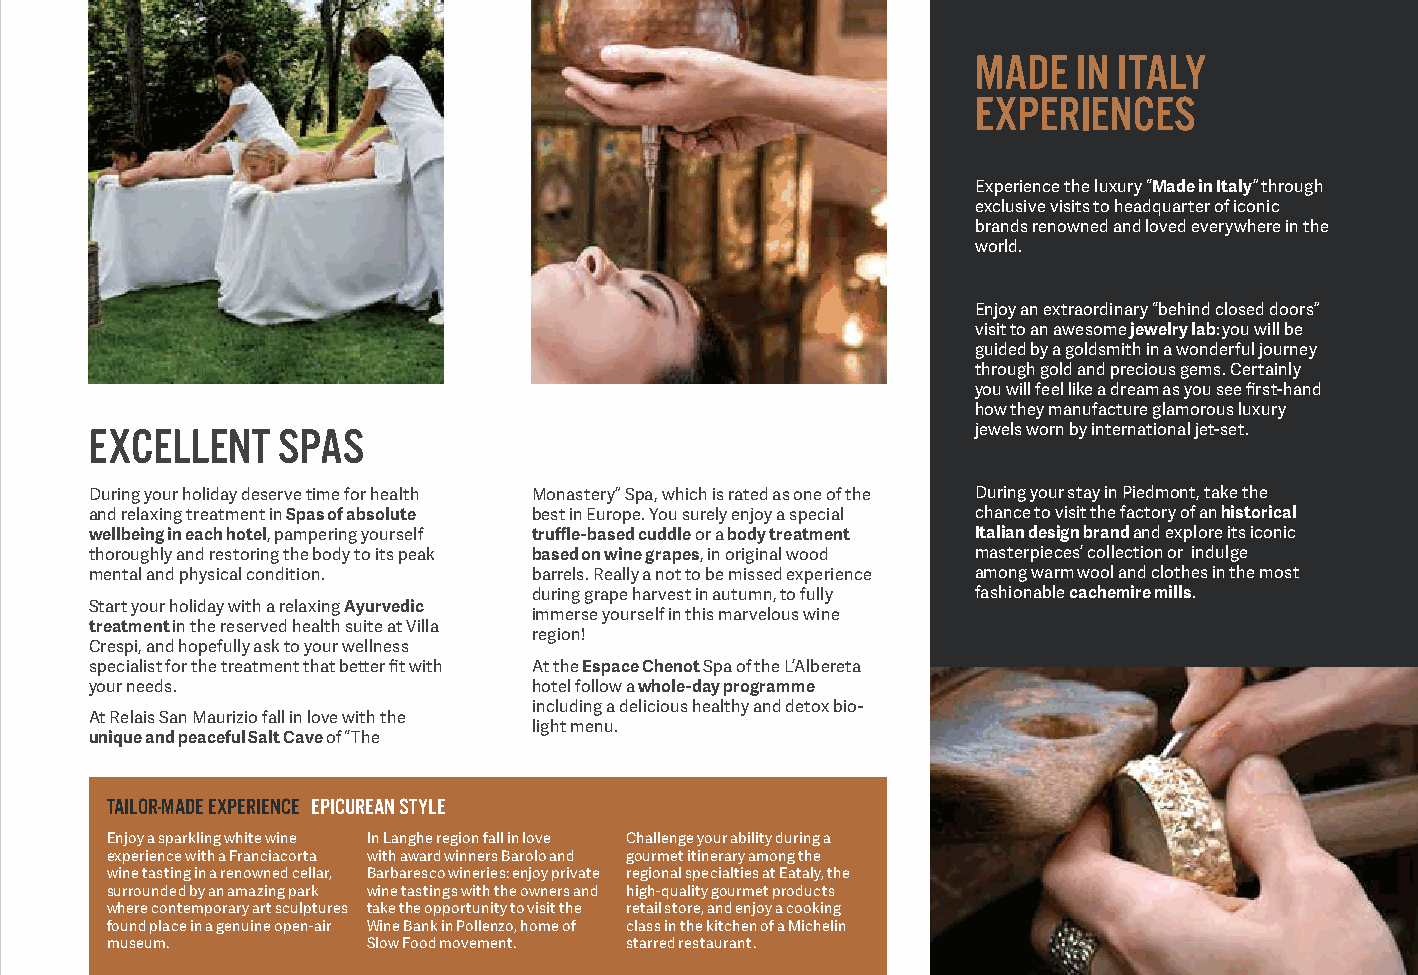
MADE  IN ITALY
 EXPERIENCES
 Experience the luxury “Made in Italy” through
 exclusive visits to headquarter of iconic
 brands renowned and loved everywhere in the
 world.
 Enjoy an extraordinary “behind closed doors”
 visit to an awesome jewelry lab: you will be
 guided by a goldsmith in a wonderful journey
 through gold and precious gems. Certainly
 you will feel like a dream as you see first-hand
 how they manufacture glamorous luxury
 EXCELLENT   SPAS                                           jewels worn by international jet-set.
 During your holiday deserve time for health Monastery” Spa, which is rated as one of the During your stay in Piedmont, take the
 and relaxing treatment in Spas of absolute best in Europe. You surely enjoy a special chance to visit the factory of an historical
 wellbeing in each hotel, pampering yourself truffle-based cuddle or a body treatment Italian design brand and explore its iconic
 thoroughly and restoring the body to its peak based on wine grapes, in original wood masterpieces’ collection or indulge
 mental and physical condition. barrels. Really a not to be missed experience among warm wool and clothes in the most
 during grape harvest in autumn, to fully fashionable cachemire mills.
 Start your holiday with a relaxing Ayurvedic
 immerse yourself in this marvelous wine
 treatment in the reserved health suite at Villa
 region!
 Crespi, and hopefully ask to your wellness
 specialist for the treatment that better fit with At the Espace Chenot Spa of the L’Albereta
 your needs.                  hotel follow a whole-day programme
 including a delicious healthy and detox bio-
 At Relais San Maurizio fall in love with the
 light menu.
 unique and peaceful Salt Cave of “The
 TAILOR-MADE EXPERIENCE EPICUREAN STYLE
 Enjoy a sparkling white wine In Langhe region fall in love Challenge your ability during a
 experience with a Franciacorta with award winners Barolo and gourmet itinerary among the
 wine tasting in a renowned cellar, Barbaresco wineries: enjoy private regional specialties at Eataly, the
 surrounded by an amazing park wine tastings with the owners and high-quality gourmet products
 where contemporary art sculptures take the opportunity to visit the retail store, and enjoy a cooking
 found place in a genuine open-air Wine Bank in Pollenzo, home of class in the kitchen of a Michelin
 museum.          Slow Food movement. starred restaurant.